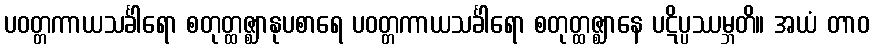
ပဝတ္တကာယသင်္ခါရော စတုတ္ထဇ္ဈာနုပစာရေ ပဝတ္တကာယသင်္ခါရော စတုတ္ထဇ္ဈာနေ ပဋိပ္ပဿမ္ဘတိ။ အယံ တာဝ